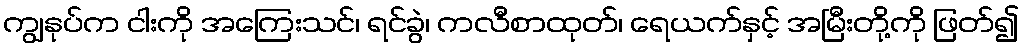
ကျွနုပ်က ငါးကို အကြေးသင်၊ ရင်ခွဲ၊ ကလီစာထုတ်၊ ရေယက်နှင့် အမြီးတို့ကို ဖြတ်၍